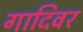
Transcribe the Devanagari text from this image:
गादिवर